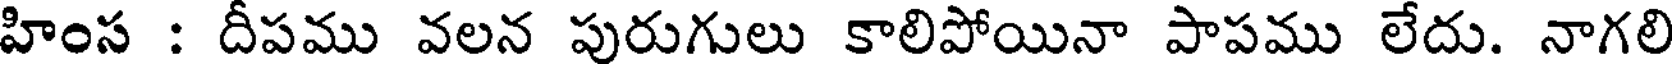
హింస : దీపము వలన పురుగులు కాలిపోయినా పాపము లేదు. నాగలి